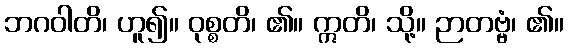
ဘဂဝါတိ၊ ဟူ၍။ ဝုစ္စတိ၊ ၏။ ဣတိ၊ သို့။ ဉာတဗ္ဗံ၊ ၏။